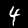
Digit: 4